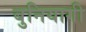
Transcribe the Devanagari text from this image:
बुनियागी